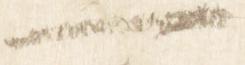
一